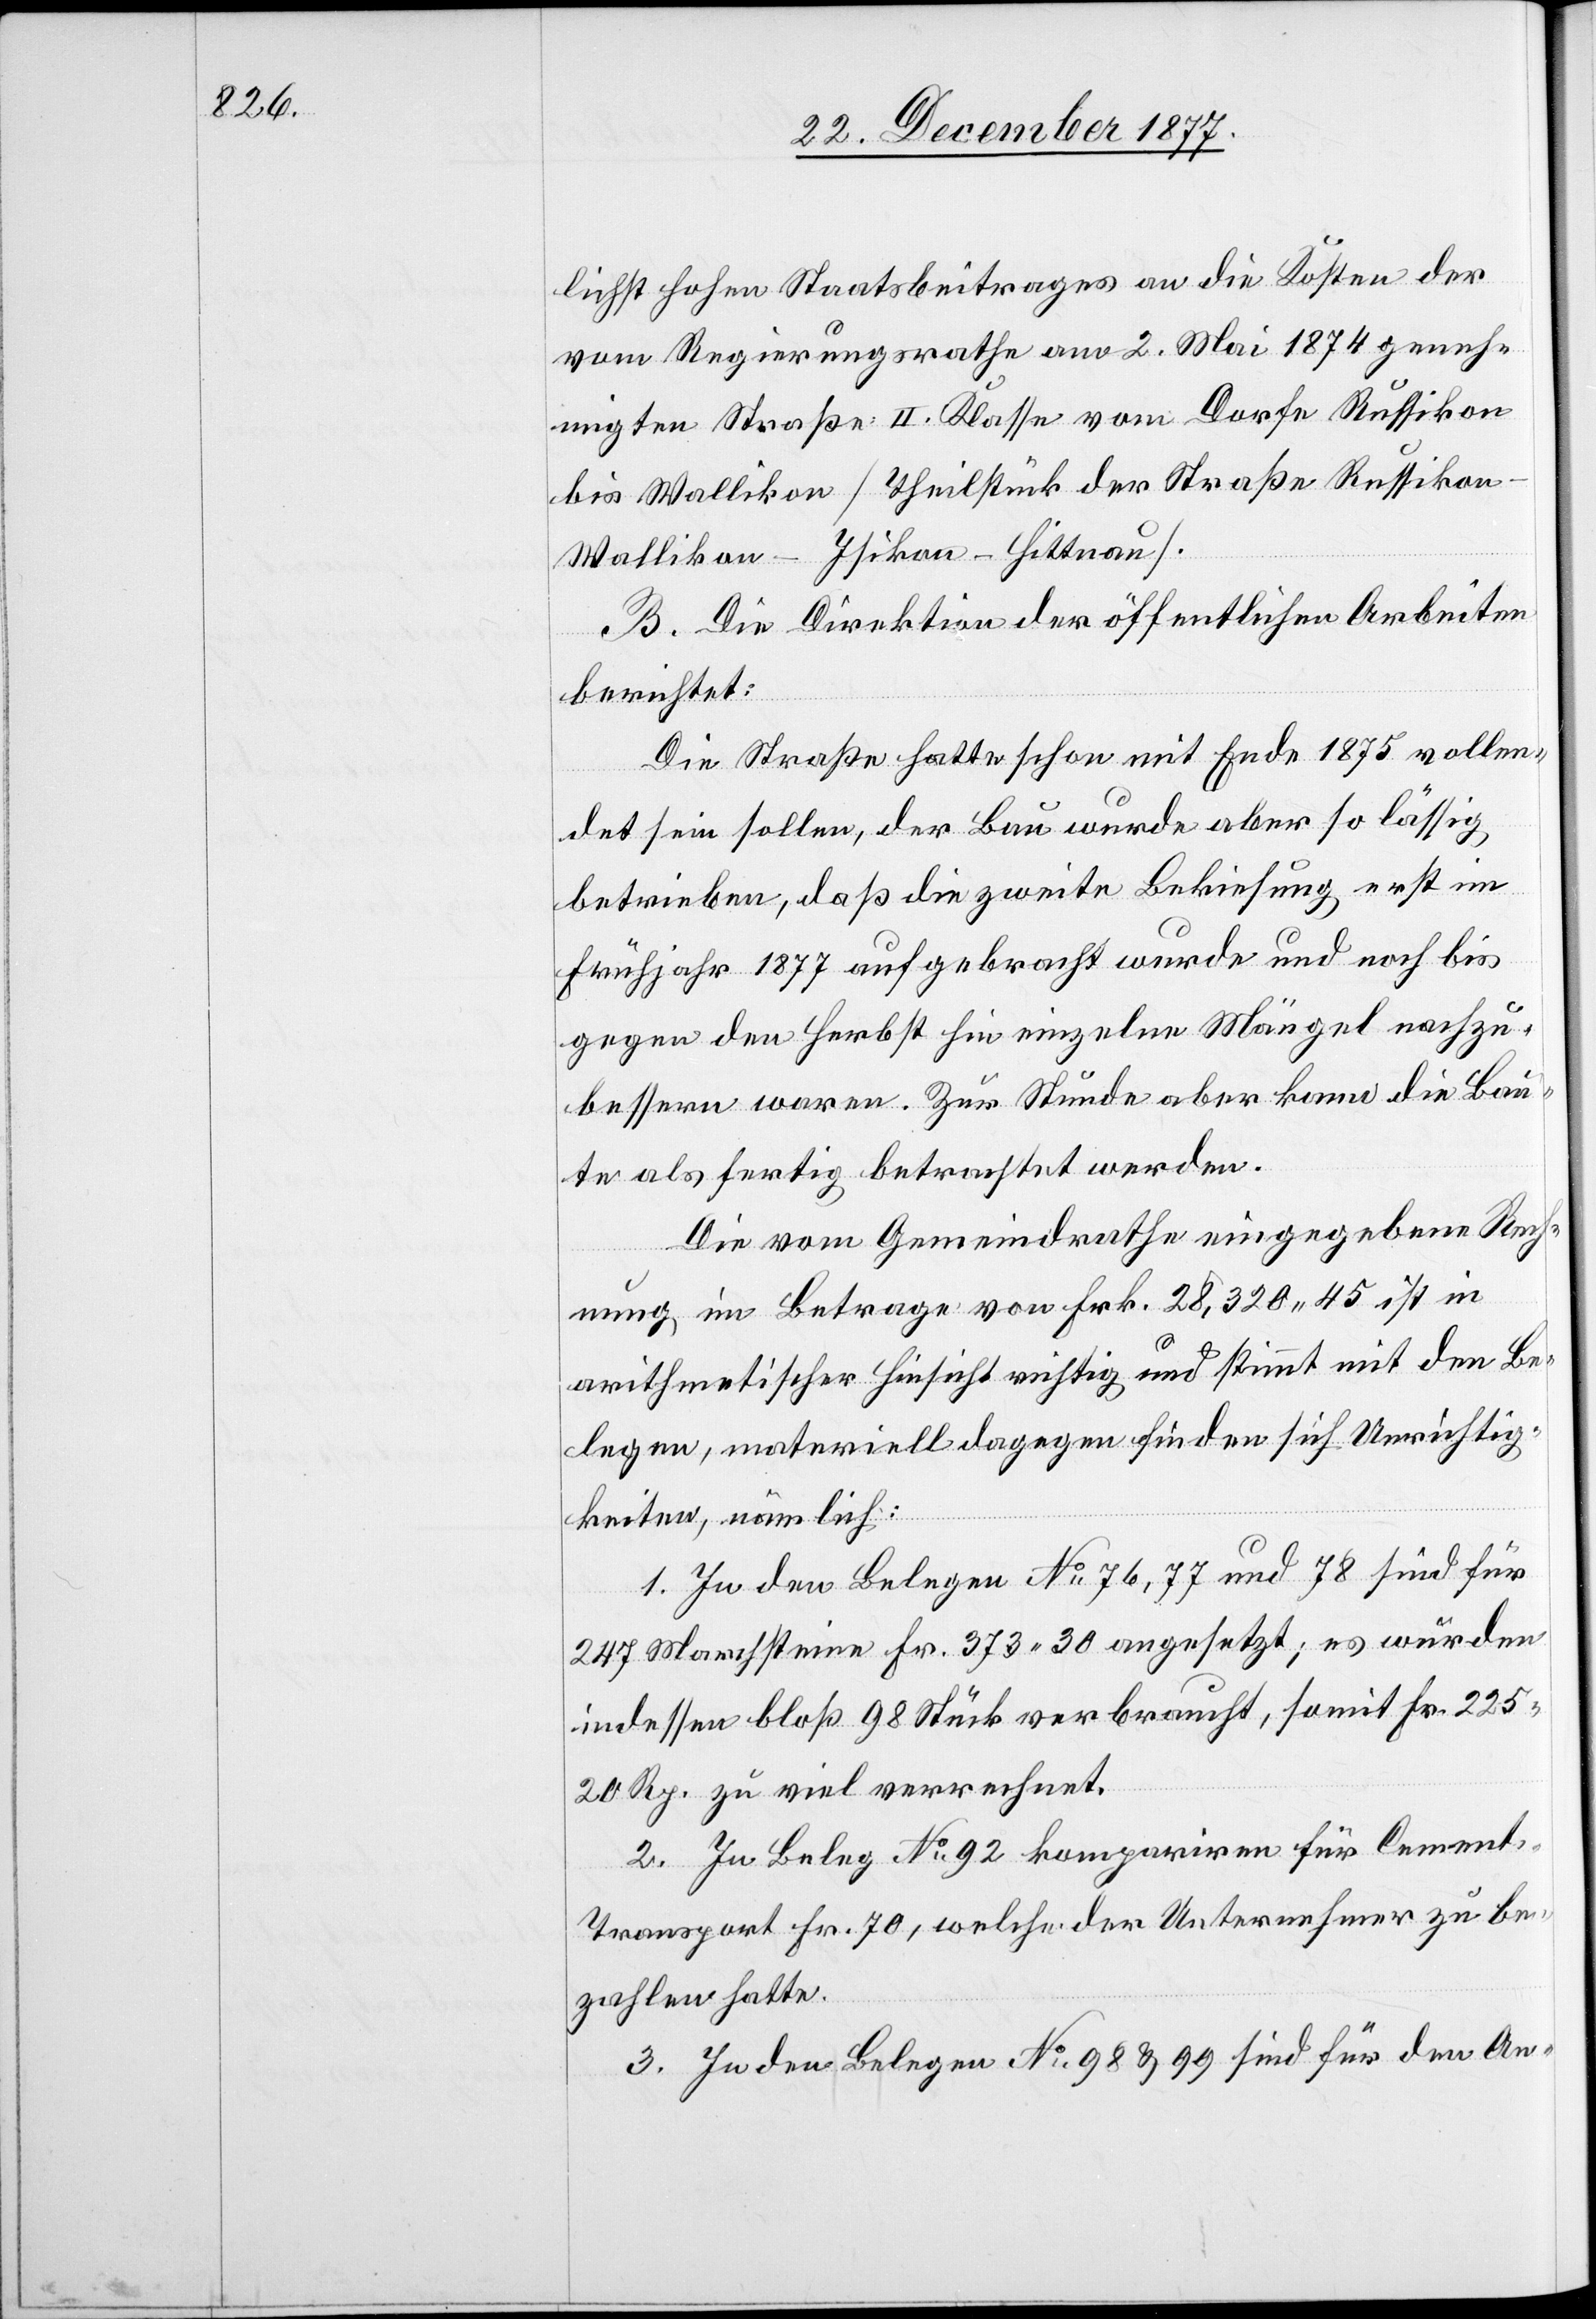
lichst hohen Staatsbeitrages an die Kosten der
vom Regierungsrathe am 2. Mai 1874 geneh¬
migten Straße II. Klasse vom Dorfe Russikon
bis Wallikon [Theilstück der Straße Russikon–W¬
allikon–Isikon–Hittnau].
B. Die Direktion der öffentlichen Arbeiten
berichtet:
Die Straße hatte schon mit Ende 1875 vollen¬
det sein sollen, der Bau wurde aber so lässig
betrieben, daß die zweite Bekiesung erst im
Frühjahr 1877 aufgebracht wurde und noch bis
gegen den Herbst hin einzelne Mängel nachzu¬
bessern waren. Zur Stunde aber kann die Bau¬
te als fertig betrachtet werden.
Die vom Gemeindrathe eingegebene Rech¬
nung im Betrage von Frk. 28,320 45 ist in
arithmetischer Hinsicht richtig und stimmt mit den Be¬
legen, materiell dagegen finden sich Unrichtig¬
keiten, nämlich:
1. In den Belegen No 76, 77 und 78 sind für
247 Marchsteine Fr. 373 30 angesetzt; es wurden
indessen bloß 98 Stück verbraucht, somit Fr. 225
20 Rp. zu viel verrechnet.
2. In Beleg No 92 kompariren für Cemen¬
t-Transport Fr. 70, welche der Unternehmer zu be¬
zahlen hatte.
3. In den Belegen No 98 & 99 sind für den An-